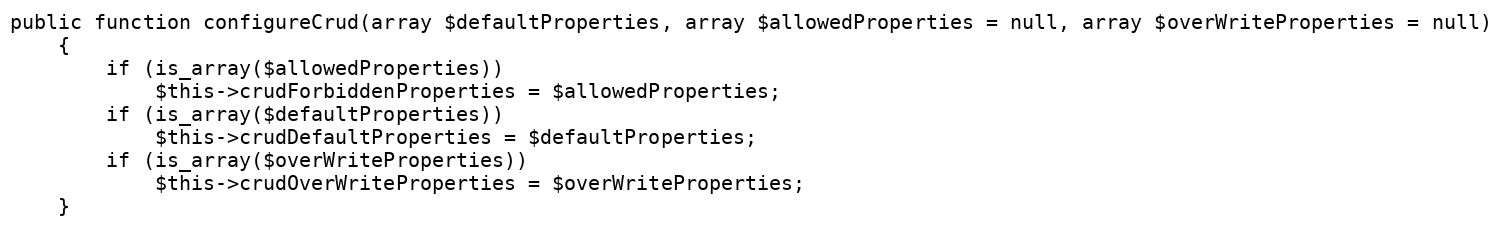
Language: PHP
public function configureCrud(array $defaultProperties, array $allowedProperties = null, array $overWriteProperties = null)
    {
        if (is_array($allowedProperties))
            $this->crudForbiddenProperties = $allowedProperties;
        if (is_array($defaultProperties))
            $this->crudDefaultProperties = $defaultProperties;
        if (is_array($overWriteProperties))
            $this->crudOverWriteProperties = $overWriteProperties;
    }